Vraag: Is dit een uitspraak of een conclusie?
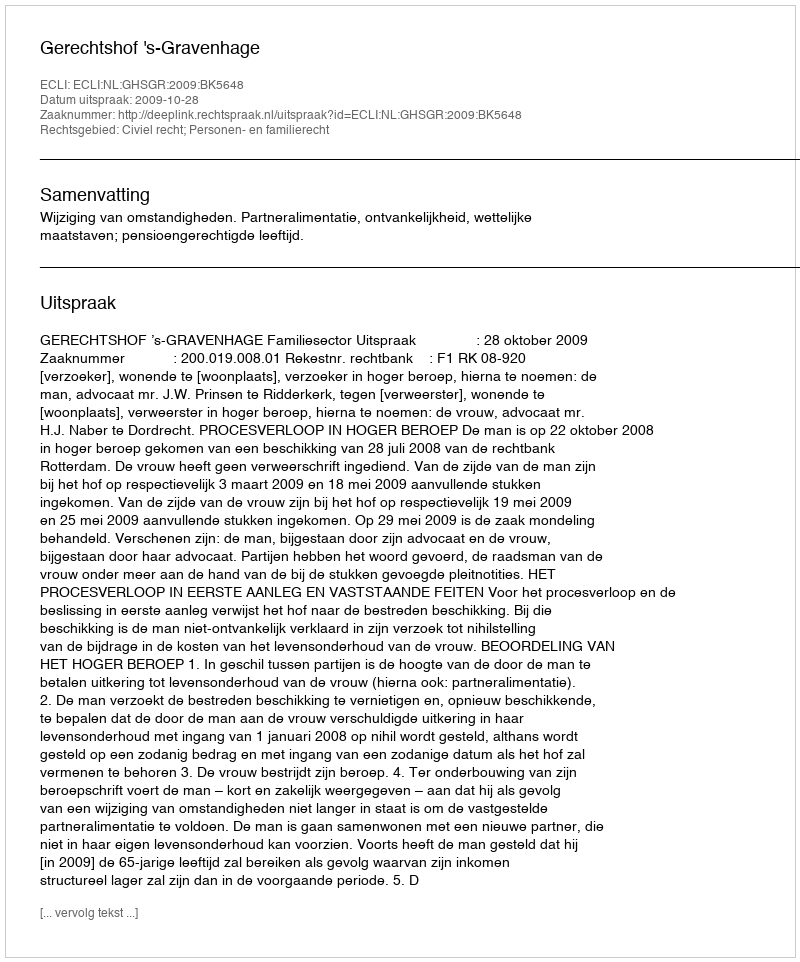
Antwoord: Uitspraak